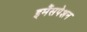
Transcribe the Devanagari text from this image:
इमैंसपेशन